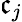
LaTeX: \mathfrak{c}_{j}